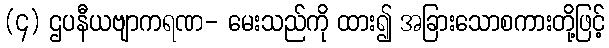
(၄) ဌပနီယဗျာကရဏ- မေးသည်ကို ထား၍ အခြားသောစကားတို့ဖြင့်